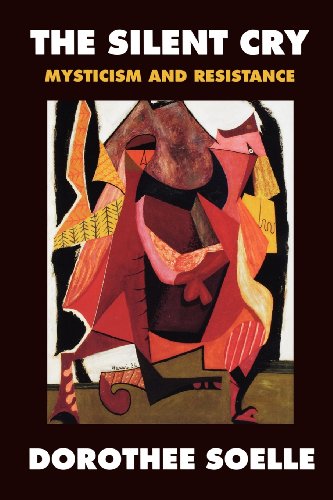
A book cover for The Silent Cry: Mysticism and Resistance; Dorothee Soelle; Christian Books & Bibles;